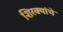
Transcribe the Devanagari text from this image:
शिरक्यांचे